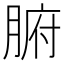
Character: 腑